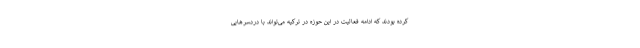
کرده بودند که ادامه فعالیت در این حوزه در ترکیه می‌تواند با دردسرهایی